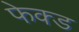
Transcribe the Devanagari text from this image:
फेक्ड